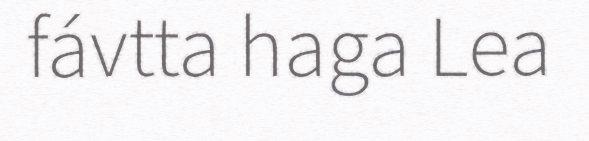
fávtta haga Lea